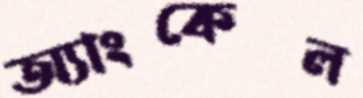
অ্যাংকেল